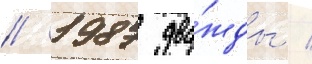
/ 1987 два́жды /